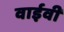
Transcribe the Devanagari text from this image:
वाईवी